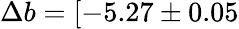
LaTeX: \Delta b=[-5.27\pm 0.05